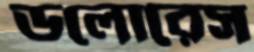
ডলোরেস